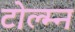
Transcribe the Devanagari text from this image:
टोल्म्न